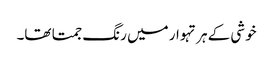
خوشی کے ہر تہوار میں رنگ جمتا تھا۔